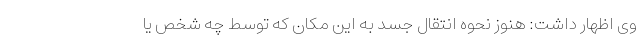
وی اظهار داشت: هنوز نحوه انتقال جسد به این‌ مکان که توسط چه شخص یا